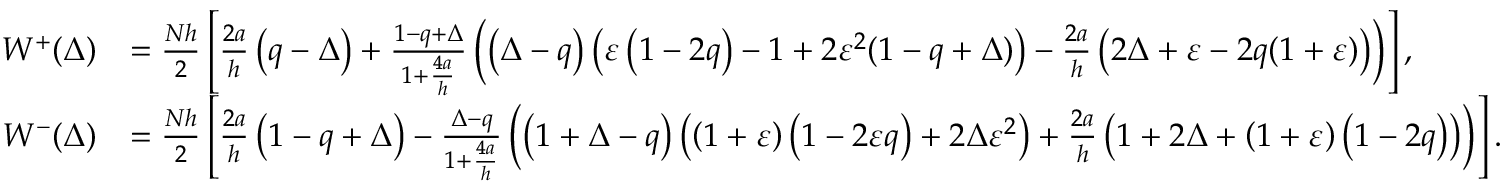
\begin{array} { r l } { W ^ { + } ( \Delta ) } & { = \frac { N h } { 2 } \left[ \frac { 2 a } { h } \left( q - \Delta \right) + \frac { 1 - q + \Delta } { 1 + \frac { 4 a } { h } } \left( \left( \Delta - q \right) \left( \varepsilon \left( 1 - 2 q \right) - 1 + 2 \varepsilon ^ { 2 } ( 1 - q + \Delta ) \right) - \frac { 2 a } { h } \left( 2 \Delta + \varepsilon - 2 q ( 1 + \varepsilon ) \right) \right) \right] , } \\ { W ^ { - } ( \Delta ) } & { = \frac { N h } { 2 } \left[ \frac { 2 a } { h } \left( 1 - q + \Delta \right) - \frac { \Delta - q } { 1 + \frac { 4 a } { h } } \left( \left( 1 + \Delta - q \right) \left( \left( 1 + \varepsilon \right) \left( 1 - 2 \varepsilon q \right) + 2 \Delta \varepsilon ^ { 2 } \right) + \frac { 2 a } { h } \left( 1 + 2 \Delta + \left( 1 + \varepsilon \right) \left( 1 - 2 q \right) \right) \right) \right] . } \end{array}